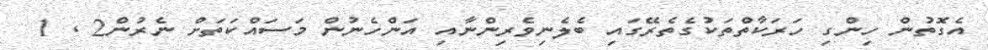
އެގޮތުން ހިންގި ހަރަކާތްތަކުގެތެރޭގައި ބެލެނިވެރިންނާއި އަންހެނުން މަސައްކަތަށް ނެރުން2